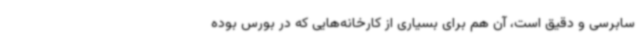
سابرسی و دقیق است، آن هم برای بسیاری از کارخانه‌هایی که در بورس بوده